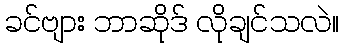
ခင်ဗျား ဘာဆိုဒ် လိုချင်သလဲ။